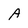
Character: A